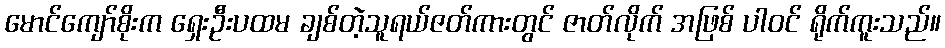
မောင်ကျော်စိုးက ရှေးဦးပထမ ချစ်တဲ့သူရယ်ဇတ်ကားတွင် ဇာတ်လိုက် အဖြစ် ပါဝင် ရိုက်ကူးသည်။